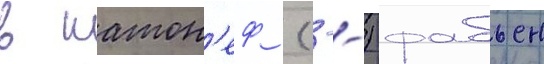
в шатон'еф (--) фабьен